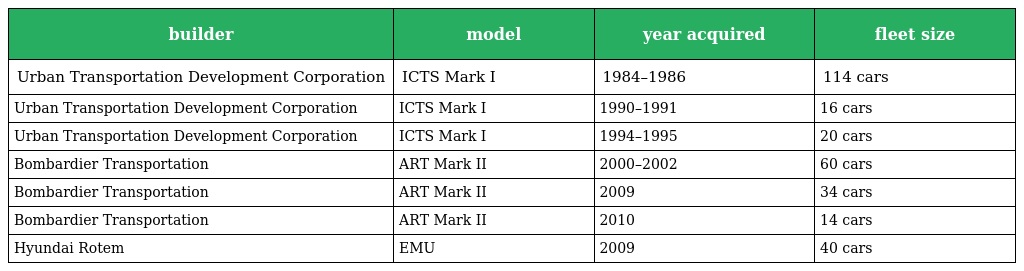
| builder | model | year acquired | fleet size |
 | --- | --- | --- | --- |
 | Urban Transportation Development Corporation | ICTS Mark I | 1984–1986 | 114 cars |
 | Urban Transportation Development Corporation | ICTS Mark I | 1990–1991 | 16 cars |
 | Urban Transportation Development Corporation | ICTS Mark I | 1994–1995 | 20 cars |
 | Bombardier Transportation | ART Mark II | 2000–2002 | 60 cars |
 | Bombardier Transportation | ART Mark II | 2009 | 34 cars |
 | Bombardier Transportation | ART Mark II | 2010 | 14 cars |
 | Hyundai Rotem | EMU | 2009 | 40 cars |